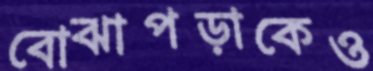
বোঝাপড়াকেও